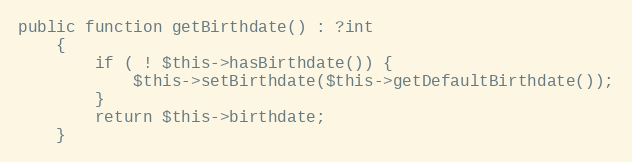
Language: PHP
public function getBirthdate() : ?int
    {
        if ( ! $this->hasBirthdate()) {
            $this->setBirthdate($this->getDefaultBirthdate());
        }
        return $this->birthdate;
    }